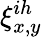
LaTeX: \xi_{x,y}^{ih}